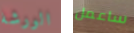
الورشة ساعمل